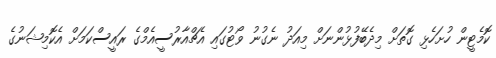
ކޮމެޓީން ހުށަހެޅި ގޮތަށް މިދެބޭފުޅުންނަށް މިއަދު ނެގުނު ވޯޓުގައި އެޗްއާރުސީއެމްގެ ރައީސްކަމަށް އެކޮމިޝަނުގެ